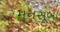
મનસૂબા